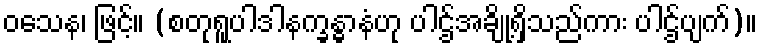
ဝသေန၊ ဖြင့်။ (စတုရူပါဒါနက္ခန္ဓာနံဟု ပါဌ်အချို့ရှိသည်ကား ပါဌ်ပျက်)။